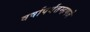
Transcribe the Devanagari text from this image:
वर्षांपर्यंतम्हणजे